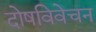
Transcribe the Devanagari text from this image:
दोषविवेचन